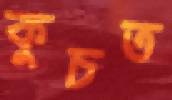
কুচত